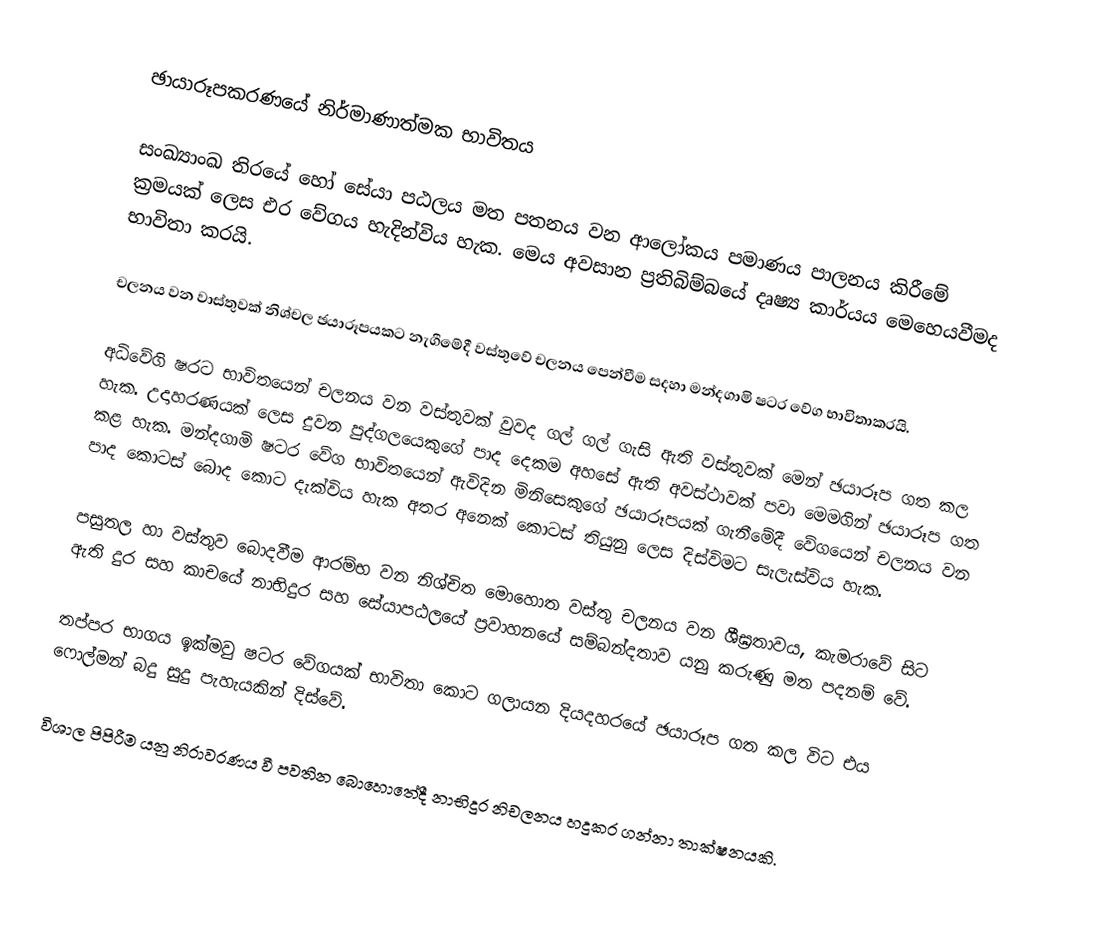
ඡායාරූපකරණයේ නිර්මාණාත්මක භාවිතය

සංඛ්‍යාංඛ තිරයේ හෝ සේයා පඨලය මත පතනය වන ආලෝකය පමාණය පාලනය කිරීමේ ක්‍රමයක් ලෙස එර වේගය හැදින්විය හැක. මෙය අවසාන ප්‍රතිබිම්බයේ දෘෂ්‍ය කාර්යය මෙහෙයවීමද භාවිතා කරයි.

චලනය වන වාස්තුවක් නිශ්චල ඡයාරූපයකට නැගීමේදී වස්තුවේ චලනය පෙන්වීම සදහා මන්දගාමි ෂටර වේග භාවිතාකරයි.

අධිවේගි ෂරට භාවිතයෙන් චලනය වන වස්තුවක් වුවද ගල් ගල් ගැසි ඇති වස්තුවක් මෙන් ඡයාරූප ගත කල හැක. උදාහරණයක් ලෙස දුවන පුද්ගලයෙකුගේ පාද දෙකම අහසේ ඇති අවස්ථාවක් පවා මෙමගින් ඡයාරූප ගත කළ හැක. මන්දගාමි ෂටර වේග භාවිතයෙන් ඇවිදින මිනිසෙකුගේ ඡයාරූපයක් ගැනීමේදී වේගයෙන් චලනය වන පාද කොටස් බොද කොට දැක්විය හැක අතර අනෙක් කොටස් තියුනු ලෙස දිස්විමට සැලැස්විය හැක.

පසුතල හා වස්තුව බොදවීම ආරම්භ වන නිශ්චිත මොහොත වස්තු චලනය වන ශීඝ්‍රතාවය, කැමරාවේ සිට ඇති දුර සහ කාචයේ නාභිදුර සහ සේයාපඨලයේ ප්‍රවාහනයේ සම්බන්දතාව යනු කරුණු මත පදනම් වේ.

තප්පර භාගය ඉක්මවු ෂටර වේගයක් භාවිතා කොට ගලායන දියදහරයේ ඡයාරූප ගත කල විට එය ෆොල්මන් බදු සුදු පැහැයකින් දිස්වේ.

විශාල පිපිරීම යනු නිරාවරණය වී පවතින බොහොතේදී නාභිදුර නිචලනය හදුකර ගන්නා තාක්ෂනයකි.